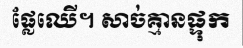
ផ្លែឈើ។ សាច់គ្មានផ្ទុក